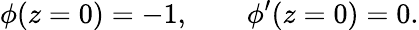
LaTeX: \phi(z=0)=-1,\qquad\phi^{\prime}(z=0)=0.